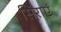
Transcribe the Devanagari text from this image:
सिराएं